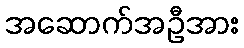
အဆောက်အဦအား